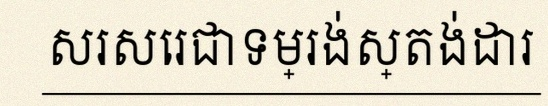
សរសេរជាទម្រង់ស្តង់ដារ